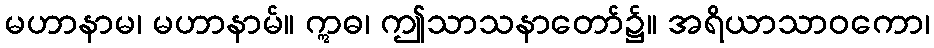
မဟာနာမ၊ မဟာနာမ်။ ဣဓ၊ ဤသာသနာတော်၌။ အရိယာသာဝကော၊